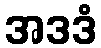
အဒဒံ